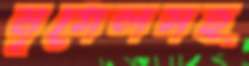
মৃগেলসহ